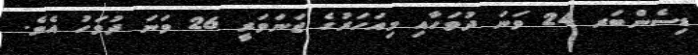
ޑިސެންބަރ 24 ވަނަ ދުވަހާއި މިއަހަރުގެ ޖަނަވަރީ 26 ވަނަ ދުވަހު އެވެ.